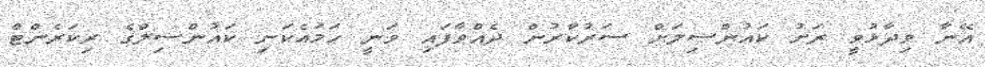
އޭނާ ވިދާޅުވީ ރަށު ކައުންސިލަށް ސަރުކާރުން ދެއްވާފައި ވަނީ ހަމައެކަނި ކައުންސިލްގެ ރިކަރެންޓް